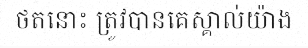
ថតនោះ ត្រូវបានគេស្គាល់យ៉ាង